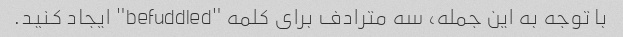
با توجه به این جمله، سه مترادف برای کلمه "befuddled" ایجاد کنید.